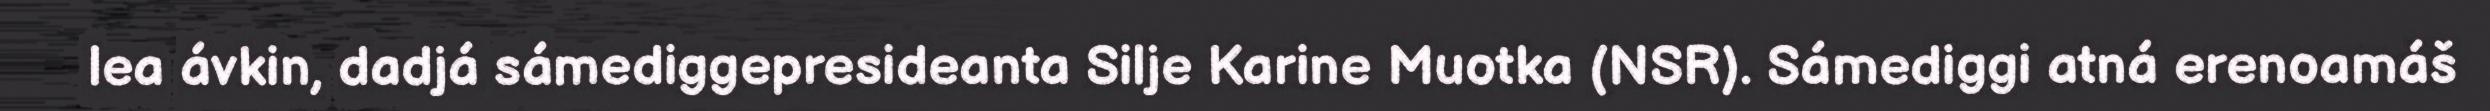
lea ávkin, dadjá sámediggepresideanta Silje Karine Muotka (NSR). Sámediggi atná erenoamáš